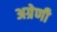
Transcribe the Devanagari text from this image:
अग्रेणी